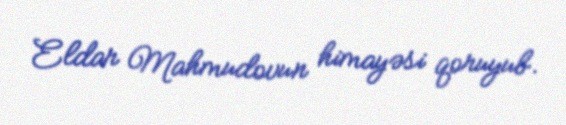
Eldar Mahmudovun himayəsi qoruyub.